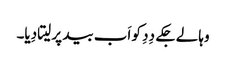
وہا لے جکے دِدِ کو اَب بید پر لیتا دِیا۔